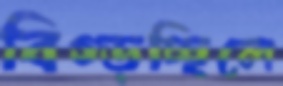
বিগ্‌ড়চ্ছিলে